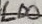
Text: LD0